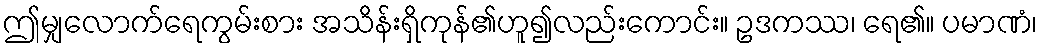
ဤမျှလောက်ရေကွမ်းစား အသိန်းရှိကုန်၏ဟူ၍လည်းကောင်း။ ဥဒကဿ၊ ရေ၏။ ပမာဏံ၊